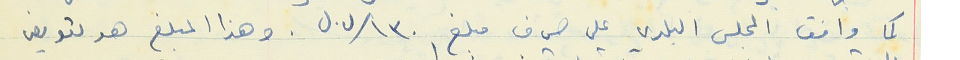
كما وافق المجلس البلدي على صرف مبلغ ١٣٠ /ل.ل . وهذا المبلغ هو تعويض